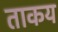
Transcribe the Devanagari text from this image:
ताकय